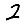
Digit: 2